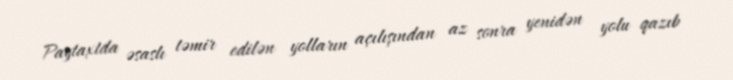
Paytaxtda əsaslı təmir edilən yolların açılışından az sonra yenidən yolu qazıb